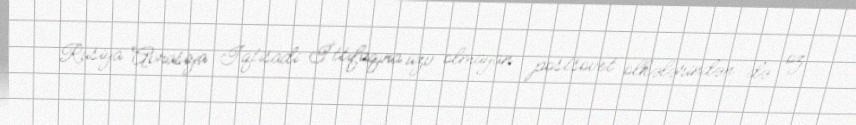
Rusiya Avrasiya İqtisadi İttifaqına üzv olmayan postsovet ölkələrindən də öz